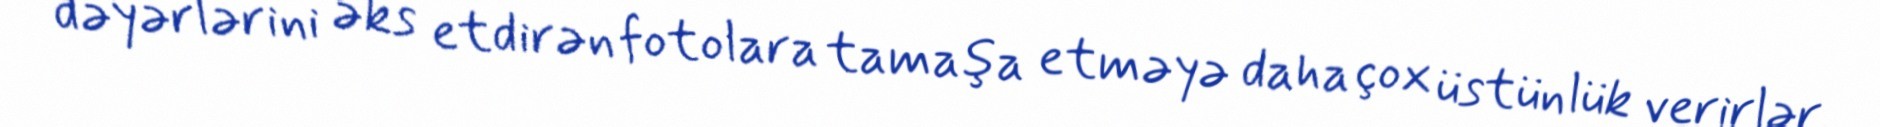
dəyərlərini əks etdirən fotolara tamaşa etməyə daha çox üstünlük verirlər.